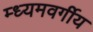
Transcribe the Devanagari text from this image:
म्ध्यमवर्गीय